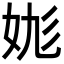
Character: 𡛪